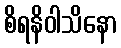
စိရနိဝါသိနော